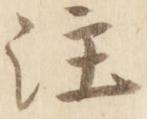
注